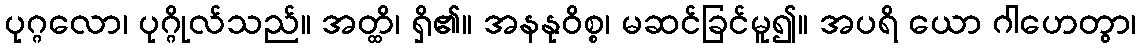
ပုဂ္ဂလော၊ ပုဂ္ဂိုလ်သည်။ အတ္ထိ၊ ရှိ၏။ အနနုဝိစ္စ၊ မဆင်ခြင်မူ၍။ အပရိ ယော ဂါဟေတွာ၊